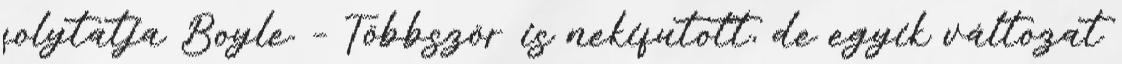
folytatja Boyle. – Többször is nekifutott, de egyik változat